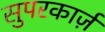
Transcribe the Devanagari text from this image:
सुपरकार्ज़